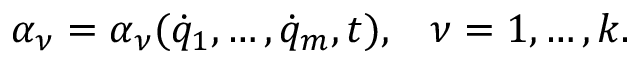
\alpha _ { \nu } = \alpha _ { \nu } ( { \dot { q } } _ { 1 } , \dots , { \dot { q } } _ { m } , t ) , \; \; \; \nu = 1 , \dots , k .